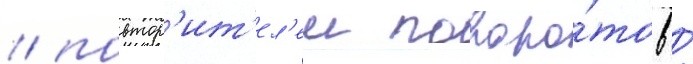
/ повтор'ит'ел'еи поворо́тов /